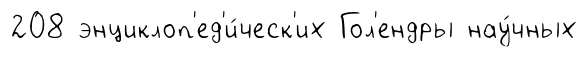
208 энциклоп'ед'и́ческ'их Гол'ендры нау́чных